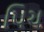
પિચ